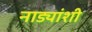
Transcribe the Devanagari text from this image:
नाड्यांशी